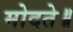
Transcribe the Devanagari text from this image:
मोदते॥